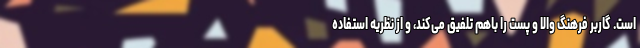
است. گاربر فرهنگ والا و پست را باهم تلفیق می‌کند، و از نظریه استفاده